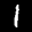
Label: 1